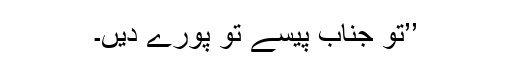
’’تو جناب پیسے تو پورے دیں۔